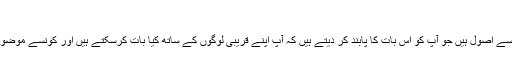
‘‘
ماہر نفسیات ہیروآکی اینوموٹو نے اس حوالے سے اے ایف پی کو بتایا،’’جاپانی معاشرے میں کچھ ایسے اصول ہیں جو آپ کو اس بات کا پابند کر دیتے ہیں کہ آپ اپنے قریبی لوگوں کے ساتھ کیا بات کرسکتے ہیں اور کونسے موضوعات شجر ممنوعہ ہیں تاہم ایک’اوسان‘ کے ساتھ بات چیت کرتے ہوئے آپ کو کوئی فکر نہیں ہوتی۔